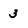
Character: 3